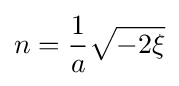
n={\frac {1}{a}}{\sqrt {-2\xi }}